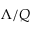
\Lambda / Q